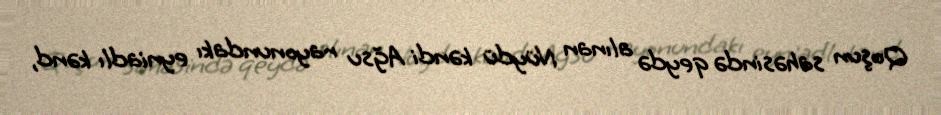
Qoşun sahəsində qeydə alınan Nüydü kəndi Ağsu rayonundakı eyniadlı kənd,